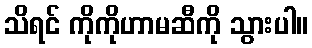
သိရင် ကိုကိုဟာမဆီကို သွားပါ။